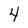
Character: 4